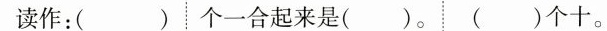
读作：( ) 个一合起来是( )。( )个十。